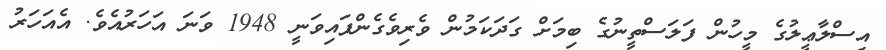
އިސްލާޢީލުގެ މީހުން ފަލަސްތީނުގެ ބިމަށް ގަދަކަމުން ވެރިވެގެންފައިވަނީ 1948 ވަނަ އަހަރުއެވެ. އެއަހަރު